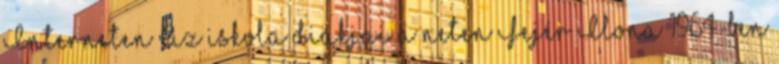
Interneten Az iskola diákjai a neten Fejér Ilona 1964-ben